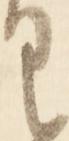
く